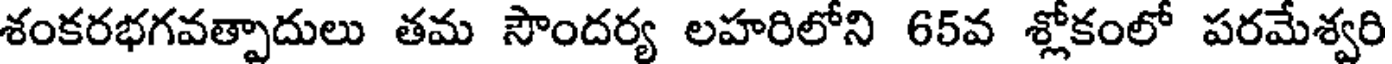
శంకరభగవత్పాదులు తమ సౌందర్య లహరిలోని 65వ శ్లోకంలో పరమేశ్వరి